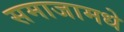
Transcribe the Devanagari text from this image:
समाजामधे